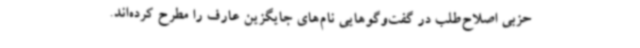
حزبی اصلاح‌طلب در گفت‌وگوهایی نام‌های جایگزین عارف را مطرح کرده‌اند.